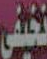
نخيفى